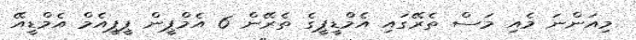
މިއަންނަ މެއި މަސް ތެރޭގައި އެމްޑީޕީގެ ތެރޭން 6 އެމްޕީން ޕީޕީއެމް އެމްޑީއޭ